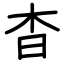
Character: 杳